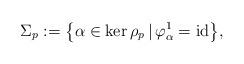
LaTeX: \begin{gather*} \Sigma_p := \big\{ \alpha\in \ker \rho_{p} \,|\, \varphi^1_{\alpha} = \mathrm{id} \big\},\end{gather*}